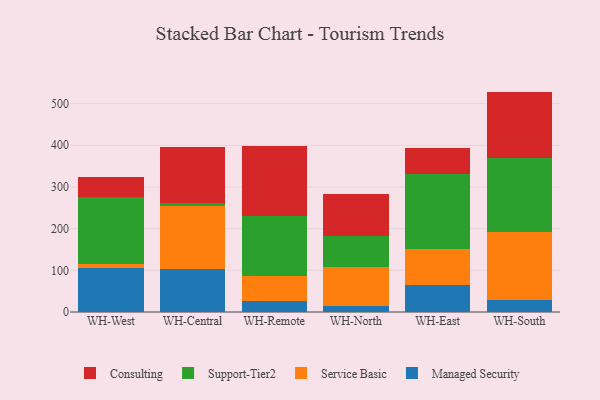
{"axis": {"x": "Warehouse", "y": "Headcount"}, "legend": ["Consulting", "Managed Security", "Service Basic", "Support-Tier2"], "data": [{"x": "WH-West", "y": 106.2, "type": "Managed Security"}, {"x": "WH-West", "y": 8.5, "type": "Service Basic"}, {"x": "WH-West", "y": 160.0, "type": "Support-Tier2"}, {"x": "WH-West", "y": 50.1, "type": "Consulting"}, {"x": "WH-Central", "y": 103.5, "type": "Managed Security"}, {"x": "WH-Central", "y": 151.9, "type": "Service Basic"}, {"x": "WH-Central", "y": 5.5, "type": "Support-Tier2"}, {"x": "WH-Central", "y": 134.2, "type": "Consulting"}, {"x": "WH-Remote", "y": 26.5, "type": "Managed Security"}, {"x": "WH-Remote", "y": 60.5, "type": "Service Basic"}, {"x": "WH-Remote", "y": 143.1, "type": "Support-Tier2"}, {"x": "WH-Remote", "y": 167.2, "type": "Consulting"}, {"x": "WH-North", "y": 14.4, "type": "Managed Security"}, {"x": "WH-North", "y": 93.4, "type": "Service Basic"}, {"x": "WH-North", "y": 74.6, "type": "Support-Tier2"}, {"x": "WH-North", "y": 100.6, "type": "Consulting"}, {"x": "WH-East", "y": 64.1, "type": "Managed Security"}, {"x": "WH-East", "y": 86.9, "type": "Service Basic"}, {"x": "WH-East", "y": 179.1, "type": "Support-Tier2"}, {"x": "WH-East", "y": 62.2, "type": "Consulting"}, {"x": "WH-South", "y": 28.9, "type": "Managed Security"}, {"x": "WH-South", "y": 162.8, "type": "Service Basic"}, {"x": "WH-South", "y": 177.4, "type": "Support-Tier2"}, {"x": "WH-South", "y": 159.6, "type": "Consulting"}]}